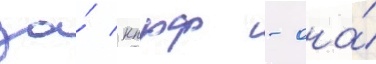
за́ кпрф - она́